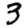
Digit: 3